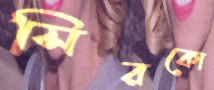
সিরকো